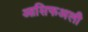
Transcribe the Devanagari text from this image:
आसिफअली